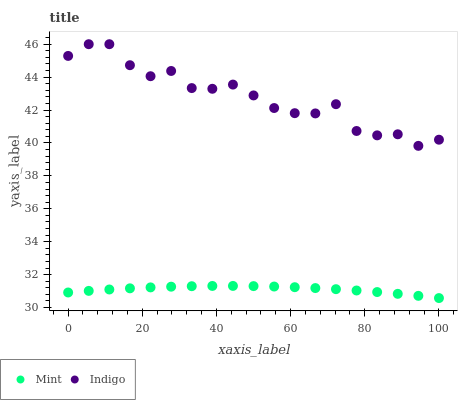
| xaxis_label | Mint | Indigo |
 | --- | --- | --- |
 | 0 | 30.9 | 45.3 |
 | 5.56 | 31 | 46 |
 | 11.1 | 31.1 | 46 |
 | 16.7 | 31.2 | 44.7 |
 | 22.2 | 31.2 | 44.1 |
 | 27.8 | 31.3 | 44.4 |
 | 33.3 | 31.3 | 43.3 |
 | 38.9 | 31.3 | 43.3 |
 | 44.4 | 31.3 | 43.5 |
 | 50 | 31.3 | 42.9 |
 | 55.6 | 31.3 | 42.1 |
 | 61.1 | 31.2 | 41.8 |
 | 66.7 | 31.2 | 41.8 |
 | 72.2 | 31.1 | 42.4 |
 | 77.8 | 31 | 40.7 |
 | 83.3 | 30.9 | 40.5 |
 | 88.9 | 30.8 | 40.5 |
 | 94.4 | 30.7 | 39.8 |
 | 100 | 30.6 | 40.2 |